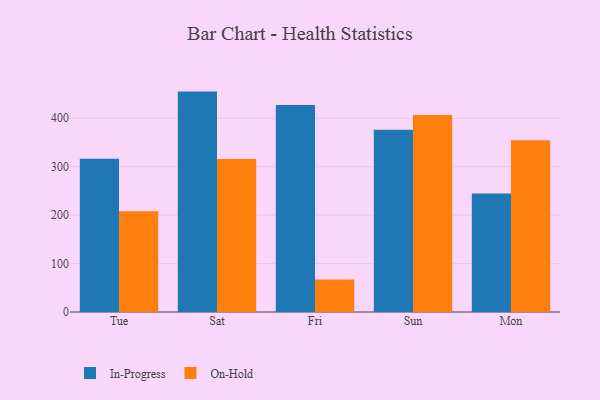
{"axis": {"x": "Day", "y": "Headcount"}, "legend": ["In-Progress", "On-Hold"], "data": [{"x": "Tue", "y": 316.3, "type": "In-Progress"}, {"x": "Tue", "y": 207.8, "type": "On-Hold"}, {"x": "Sat", "y": 455.0, "type": "In-Progress"}, {"x": "Sat", "y": 315.7, "type": "On-Hold"}, {"x": "Fri", "y": 427.4, "type": "In-Progress"}, {"x": "Fri", "y": 67.2, "type": "On-Hold"}, {"x": "Sun", "y": 376.1, "type": "In-Progress"}, {"x": "Sun", "y": 406.6, "type": "On-Hold"}, {"x": "Mon", "y": 244.4, "type": "In-Progress"}, {"x": "Mon", "y": 354.4, "type": "On-Hold"}]}